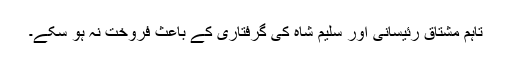
تاہم مشتاق رئیسانی اور سلیم شاہ کی گرفتاری کے باعث فروخت نہ ہو سکے۔